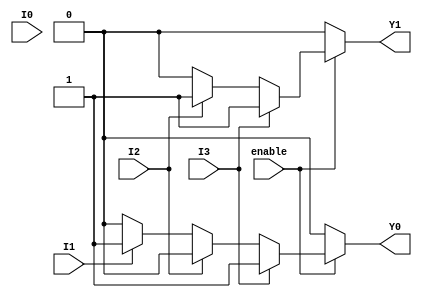
module encoder_4to2 (
    input wire I0,  // Input 0
    input wire I1,  // Input 1
    input wire I2,  // Input 2
    input wire I3,  // Input 3
    input wire enable, // Enable signal
    output reg Y1,  // Output 1
    output reg Y0   // Output 0
);

always @(*) begin
    // Default output when enable is low
    if (!enable) begin
        Y1 = 1'b0;
        Y0 = 1'b0;
    end else begin
        // Priority encoding
        if (I3) begin
            Y1 = 1'b1; // I3 active
            Y0 = 1'b1;
        end else if (I2) begin
            Y1 = 1'b1; // I2 active
            Y0 = 1'b0;
        end else if (I1) begin
            Y1 = 1'b0; // I1 active
            Y0 = 1'b1;
        end else if (I0) begin
            Y1 = 1'b0; // I0 active
            Y0 = 1'b0;
        end else begin
            Y1 = 1'b0; // No active input
            Y0 = 1'b0;
        end
    end
end

endmodule